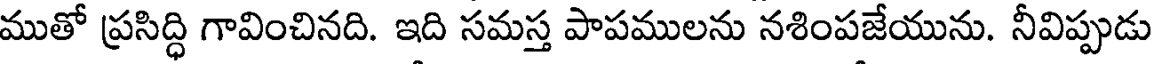
ముతో ప్రసిద్ధి గావించినది. ఇది సమస్త పాపములను నశింపజేయును. నీవిప్పుడు